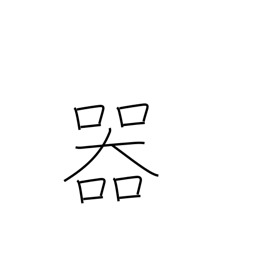
Meaning: container